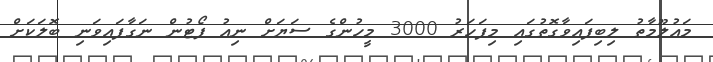
މައުލޫމާތު ލިބިފައިވާގޮތުގައި މިފަހަރު 3000 މީހުންގެ ސަޔަށް ނިއު ޕޯޓުން ނަގާފައިވަނި ބޮލަކަށް